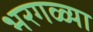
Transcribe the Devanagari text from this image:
भरगळ्या